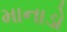
માનાડો